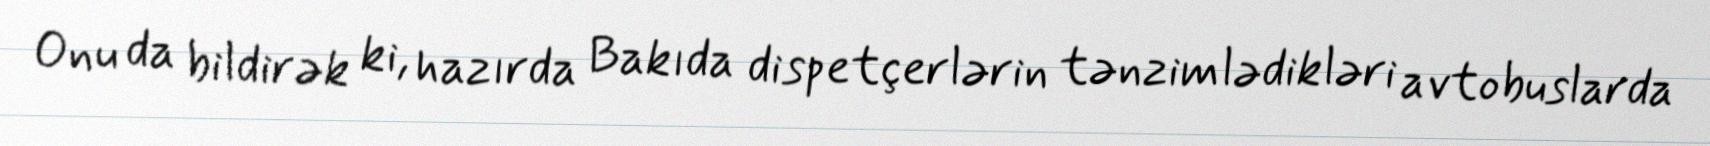
Onu da bildirək ki, hazırda Bakıda dispetçerlərin tənzimlədikləri avtobuslarda